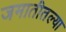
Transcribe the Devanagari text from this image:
जमातीतल्या